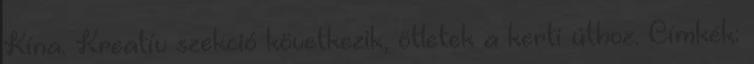
Kína. Kreatív szekció következik, ötletek a kerti úthoz. Címkék: